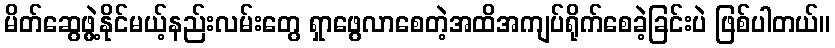
မိတ်ဆွေဖွဲ့နိုင်မယ့်နည်းလမ်းတွေ ရှာဖွေလာစေတဲ့အထိအကျပ်ရိုက်စေခဲ့ခြင်းပဲ ဖြစ်ပါတယ်။